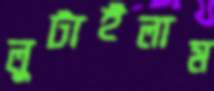
লুটাইলাম